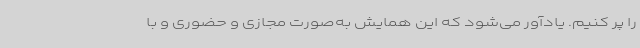
را پر کنیم. یادآور می‌شود که این همایش به‌صورت مجازی و حضوری و با